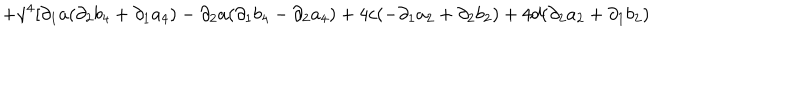
LaTeX: + \gamma ^ { 4 } [ \partial _ { 1 } a ( \partial _ { 2 } b _ { 4 } + \partial _ { 1 } a _ { 4 } ) - \partial _ { 2 } a ( \partial _ { 1 } b _ { 4 } - \partial _ { 2 } a _ { 4 } ) + 4 c ( - \partial _ { 1 } a _ { 2 } + \partial _ { 2 } b _ { 2 } ) + 4 d ( \partial _ { 2 } a _ { 2 } + \partial _ { 1 } b _ { 2 } )